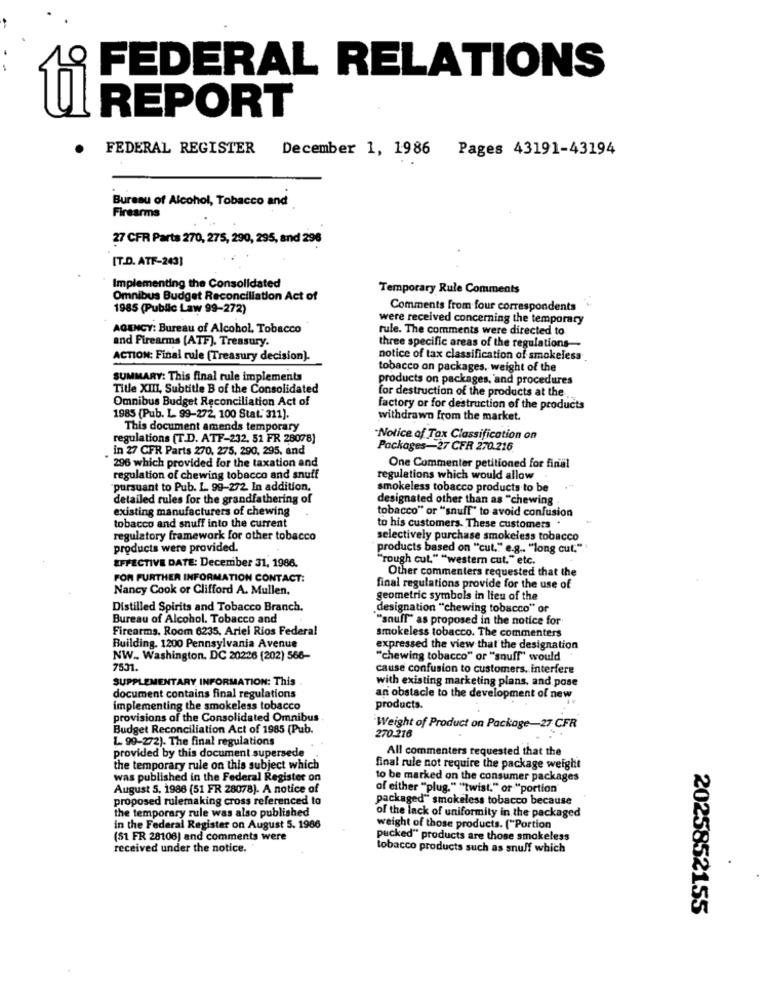
FEDERAL RELATIONS
REPORT
95
FEDERAL REGISTER
December 1, 1986
Pages 43191-43194
Bureau of Alcohol, Tobacco and
Firearms
27 CFR Parts 270, 275, 290, 295, and 296
[T.D. ATF-243]
Implementing the Consolidated
Temporary Rule Comments
Omnibus Budget Reconciliation Act of
1985 (Public Law 99-272)
Comments from four correspondents
were received concerning the temporary
AGENCY: Bureau of Alcohol, Tobacco
rule. The comments were directed to
and Firearms [ATF). Treasury.
three specific areas of the regulations-
ACTION: Final rule (Treasury decision).
notice of tax classification of smokeless
tobacco on packages, weight of the
SUMMARY: This final rule implements
products on packages, and procedures
Title XIII, Subtitle B of the Consolidated
for destruction of the products at the
Omnibus Budget Reconciliation Act of
factory or for destruction of the products
1985 (Pub. L. 99-272, 100 Stat.'311).
withdrawn from the market.
This document amends temporary
regulations (T.D. ATF-232, 51 FR 28078)
Notice of Tax Classification on
. in 27 CFR Parts 270, 275, 290, 295, and
Packages-27 CFR 270.216
" 296 which provided for the taxation and
One Commenter petitioned for final
regulation of chewing tobacco and snuff
regulations which would allow
pursuant to Pub. 1. 99-272. In addition.
smokeless tobacco products to be
detailed rules for the grandfathering of
designated other than as "chewing .
existing manufacturers of chewing
tobacco" or "snuff' to avoid confusion
tobacco and snuff into the current
to his customers. These customers "
regulatory framework for other tobacco
selectively purchase smokeless tobacco
products were provided.
products based on "cut." e.g .. "long cut."
"rough cut." "western cut." etc.
EFFECTIVE DATE: December 31, 1986.
Other commenters requested that the
FOR FURTHER INFORMATION CONTACT:
Nancy Cook or Clifford A. Mullen.
final regulations provide for the use of
geometric symbols in lieu of the
Distilled Spirits and Tobacco Branch.
designation "chewing tobacco" or
Bureau of Alcohol, Tobacco and
"snuff" as proposed in the notice for
Firearms, Room 6235, Ariel Rios Federal
smokeless tobacco. The commenters
Building. 1200 Pennsylvania Avenue
expressed the view that the designation
NW .. Washington, DC 20206 (202) 566-
"chewing tobacco" or "snuff" would
7531.
cause confusion to customers. interfere
SUPPLEMENTARY INFORMATION: This
with existing marketing plans, and pose
document contains final regulations
an obstacle to the development of new
implementing the smokeless tobacco
products.
provisions of the Consolidated Omnibus
Budget Reconciliation Act of 1985 (Pub.
Weight of Product on Package-27 CFR
L 99-272). The final regulations
270.216
All commenters requested that the
provided by this document supersede
the temporary rule on this subject which
final rule not require the package weight
was published in the Federal Register on
to be marked on the consumer packages
August 5, 1986 (51 FR 28078). A notice of
of either "plug." "twist." or "portion
proposed rulemaking cross referenced to
packaged" smokeless tobacco because
the temporary rule was also published
of the lack of uniformity in the packaged
in the Federal Register on August 5. 1986
weight of those products. ("Portion
(51 FR 28106) and comments were
pucked" products are those smokeless
received under the notice.
tobacco products such as snuff which
.
2025852155